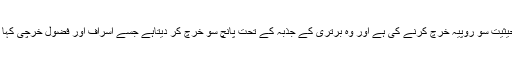
کبھي يہ حرکت کميت او مقدار کے اعتبار سے ہوتى ہے کہ انسان کي حيثيت سو روپيہ خرچ کرنے کى ہے اور وہ برترى کے جذبہ کے تحت پانچ سو خرچ کر ديتاہے جسے اسراف اور فضول خرچى کہا جاتا ہے اور جو عقل اور شرع دونوں کى نظر ميں مذموم اور حرام ہے۔